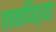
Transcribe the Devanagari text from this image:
ताकपिठ्या